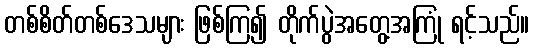
တစ်စိတ်တစ်ဒေသများ ဖြစ်ကြ၍ တိုက်ပွဲအတွေ့အကြုံ ရင့်သည်။